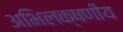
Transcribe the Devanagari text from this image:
अभिलक्षणीय